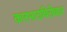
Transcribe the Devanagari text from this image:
कारभाराविरोधात